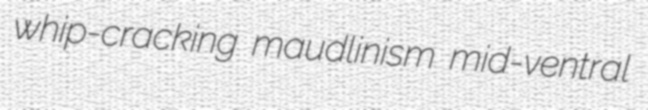
whip-cracking maudlinism mid-ventral